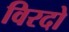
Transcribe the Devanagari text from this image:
विरदो